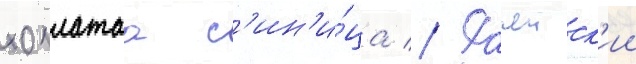
хохлатаа с'ин'и́ца // Рачеиск'ии